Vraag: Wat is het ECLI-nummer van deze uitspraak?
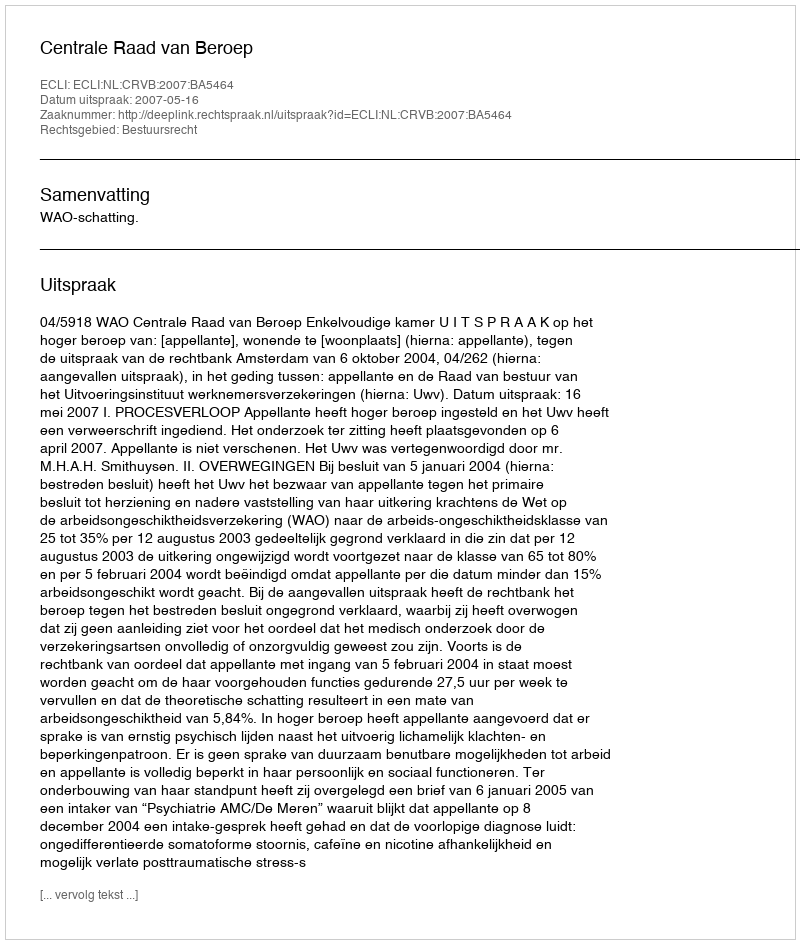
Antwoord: ECLI:NL:CRVB:2007:BA5464